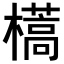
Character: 𣝏